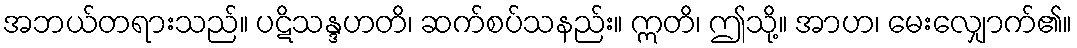
အဘယ်တရားသည်။ ပဋိသန္ဒဟတိ၊ ဆက်စပ်သနည်း။ ဣတိ၊ ဤသို့။ အာဟ၊ မေးလျှောက်၏။